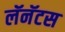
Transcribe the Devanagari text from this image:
लॅनॅटस